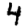
Digit: 4